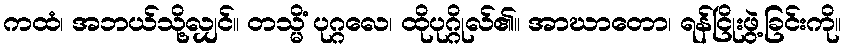
ကထံ၊ အဘယ်သို့လျှင်။ တသ္မိံ ပုဂ္ဂလေ၊ ထိုပုဂ္ဂိုလ်၏။ အာဃာတော၊ ရန်ငြိုးဖွဲ့ခြင်းကို။